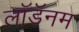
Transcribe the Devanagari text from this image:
लॉडॅनम